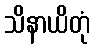
သိနာယိတုံ